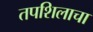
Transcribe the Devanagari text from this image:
तपशिलाचा